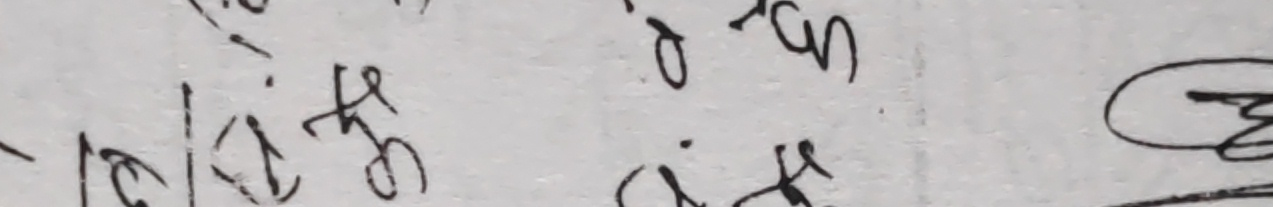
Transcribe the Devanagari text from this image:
टाकीरहेछ ।